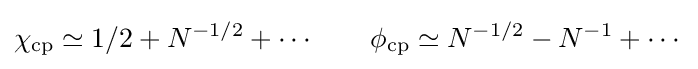
\chi _{\text{cp}}\simeq 1/2+N^{-1/2}+\cdots \qquad \phi _{\text{cp}}\simeq N^{-1/2}-N^{-1}+\cdots